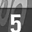
Digit: 5